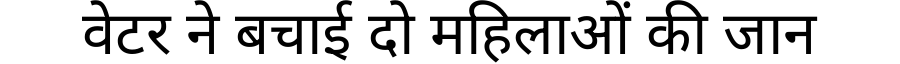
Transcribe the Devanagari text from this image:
वेटर ने बचाई दो महिलाओं की जान